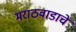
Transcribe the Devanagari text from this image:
मराठवाडाचे